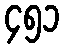
၄၅၁